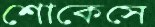
শোকেসে